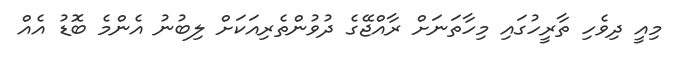
މިއީ ދިވެހި ތާރީހުގައި މިހާތަނަށް ރާއްޖޭގެ ދުވުންތެރިއަކަށް ލިބުނު އެންމެ ބޮޑު އެއް